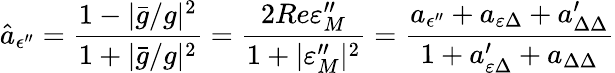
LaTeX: \hat{a}_{\epsilon^{\prime\prime}}=\frac{1-|\bar{g}/g|^{2}}{1+|\bar{g}/g|^{2}}=\frac{2Re\varepsilon_{M}^{\prime\prime}}{1+|\varepsilon_{M}^{\prime\prime}|^{2}}=\frac{a_{\epsilon^{\prime\prime}}+a_{\varepsilon\Delta}+a_{\Delta\Delta}^{\prime}}{1+a_{\varepsilon\Delta}^{\prime}+a_{\Delta\Delta}}